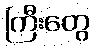
ကြီးတွေ